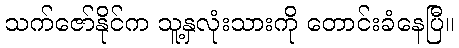
သက်ဇော်နိုင်က သူ့နှလုံးသားကို တောင်းခံနေပြီ။